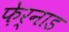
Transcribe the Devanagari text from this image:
फ़ेर्नाड